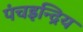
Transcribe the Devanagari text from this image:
पंचइन्द्रिय